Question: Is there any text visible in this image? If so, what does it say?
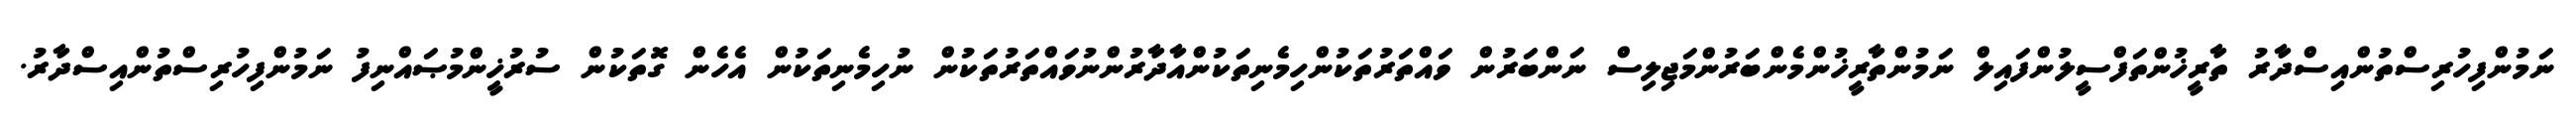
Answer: ނަމުންފިހުރިސްތުންއިސްދާރު ތާރީޚުންތަފްސީލުންފައިލް ނަމުންތާރީޚުންމެންބަރުންމަޖިލިސް ނަންބަރުން ވައްތަރުތަކުންހިމެނިތަކުންއާދާރުންނުވައްތަރުތަކުން ނުހިމެނިތަކުން އެހެން ގޮތަކުން ސުރުޚީންމުޞައްނިފު ނަމުންފިހުރިސްތުންއިސްދާރު.